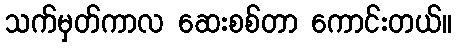
သက်မှတ်ကာလ ဆေးစစ်တာ ကောင်းတယ်။